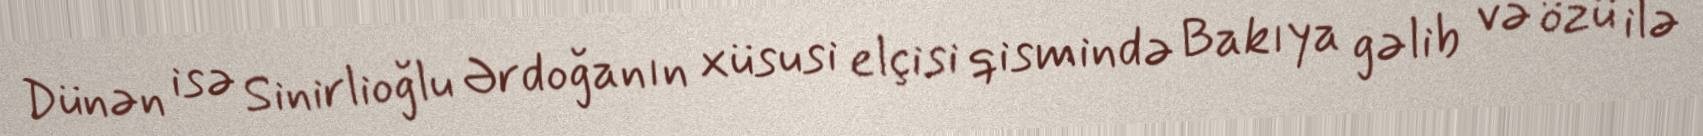
Dünən isə Sinirlioğlu Ərdoğanın xüsusi elçisi qismində Bakıya gəlib və özü ilə